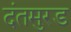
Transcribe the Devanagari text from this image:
दंतमुरड